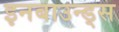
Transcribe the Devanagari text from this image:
इनबाउन्ड्स